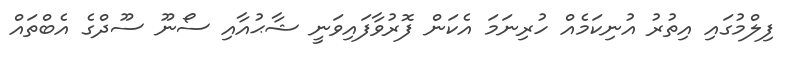
ފިލްމުގައި އިތުރު އުނިކަމެއް ހުރިނަމަ އެކަން ފޮރުވާފައިވަނީ ޝާޙުއާއި ސޯނޫ ސޫދްގެ އެބްތައް